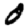
Digit: 0